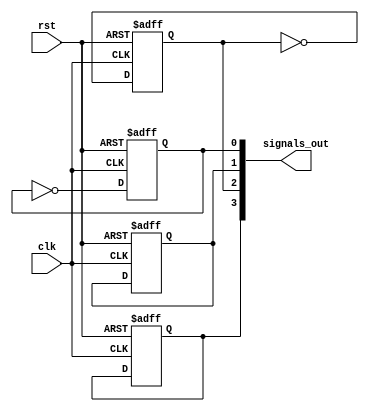
module behavior_loop #(parameter NUM_INSTANCES = 4) (
    input wire clk,
    input wire rst,
    output reg [NUM_INSTANCES-1:0] signals_out
);
    
    // Declaration of the generate variable
    genvar i;

    // Generate block to instantiate multiple modules or statements
    generate
        for (i = 0; i < NUM_INSTANCES; i = i + 1) begin: instance_loop
            // Define an always block to simulate indefinite execution
            always @(posedge clk or posedge rst) begin
                if (rst) begin
                    signals_out[i] <= 0; // Reset the signal
                end else begin
                    // Example condition: Toggle signal if it's even indexed
                    if (i % 2 == 0) begin
                        signals_out[i] <= ~signals_out[i]; // Toggle the signal
                    end
                    // Additional conditional logic can be added here
                end
            end
        end
    endgenerate

endmodule